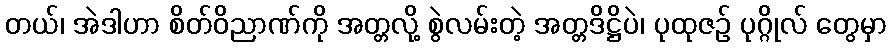
တယ်၊ အဲဒါဟာ စိတ်ဝိညာဏ်ကို အတ္တလို့ စွဲလမ်းတဲ့ အတ္တဒိဋ္ဌိပဲ၊ ပုထုဇဉ် ပုဂ္ဂိုလ် တွေမှာ